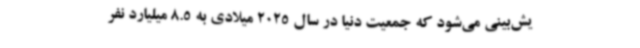
یش‌بینی می‌شود که جمعیت دنیا در سال 2025 میلادی به 8.5 میلیارد نفر